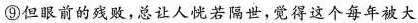
⑨但眼前的残败，总让人恍若隔世，觉得这个每年被大